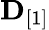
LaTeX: \mathbf D_{[1]}